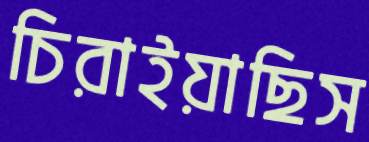
চিরাইয়াছিস